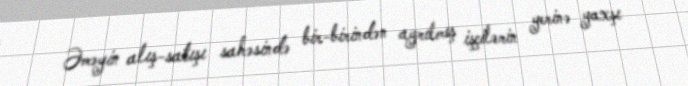
Əməyin alış-satışı sahəsində bir-birindən ayrılmış işçilərin yerinə yaxşı